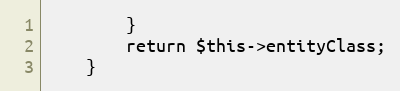
Language: PHP
        }
        return $this->entityClass;
    }